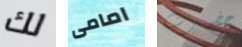
لك امامى حضرت